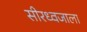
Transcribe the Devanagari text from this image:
सीरध्वजाला